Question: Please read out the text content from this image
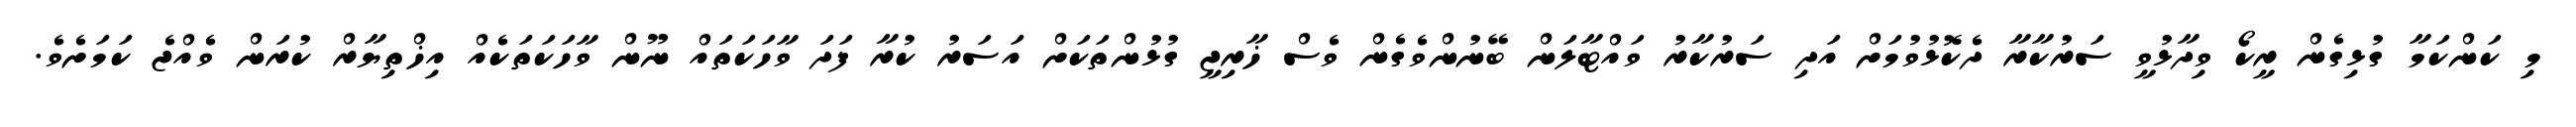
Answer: މި ކަންކަމާ ގުޅިގެން ރީކޯ ވިދާޅުވީ ސަރުކާރާ ދެކޮޅުވުމަށް އަދި ސަރުކާރު ވައްޓާލަން ބޭނުންވެގެން ވެސް ޚާރިޖީ ގުޅުންތަކަށް އަސަރު ކުރާ ފަދަ ވާހަކަތައް ނޫން ވާހަކަތަކެއް އިޚްތިޔާރް ކުރަން ވެއްޖެ ކަމަށެވެ.